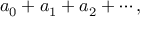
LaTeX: a _ { 0 } + a _ { 1 } + a _ { 2 } + \cdots ,